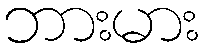
ဘားမား